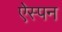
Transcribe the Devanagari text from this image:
ऐस्पन